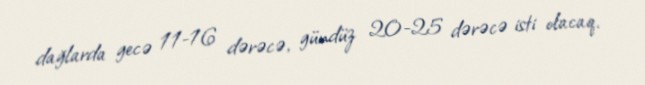
dağlarda gecə 11-16 dərəcə, gündüz 20-25 dərəcə isti olacaq.